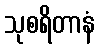
သုစရိတာနံ